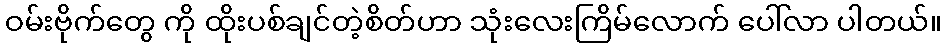
ဝမ်းဗိုက်တွေ ကို ထိုးပစ်ချင်တဲ့စိတ်ဟာ သုံးလေးကြိမ်လောက် ပေါ်လာ ပါတယ်။